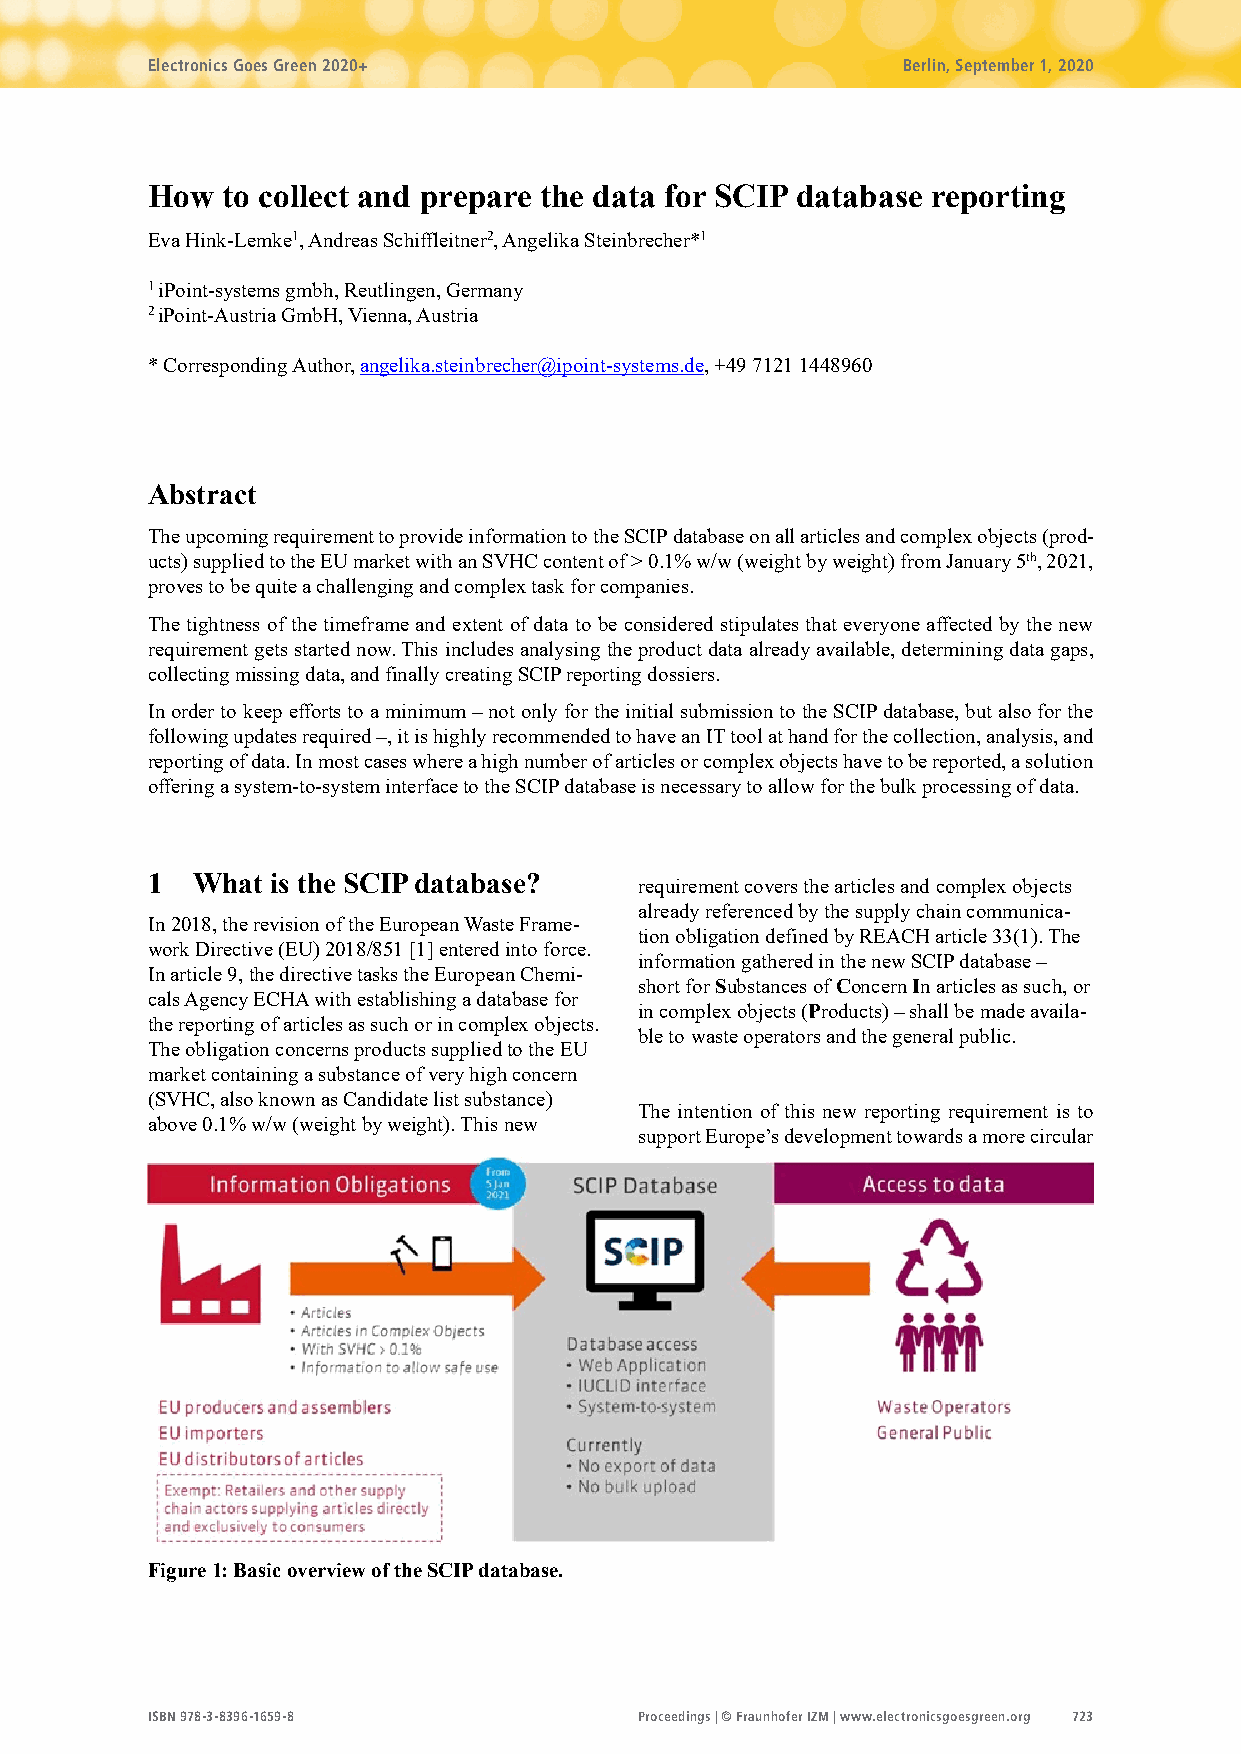
Electronics Goes Green 2020+                      Berlin, September 1, 2020
 How  to collect and prepare the data for SCIP database reporting
 Eva Hink-Lemke1, Andreas Schiffleitner2, Angelika Steinbrecher*1
 1 iPoint-systems gmbh, Reutlingen, Germany
 2 iPoint-Austria GmbH, Vienna, Austria
 * Corresponding Author, angelika.steinbrecher@ipoint-systems.de, +49 7121 1448960
 Abstract
 The upcoming requirement to provide information to the SCIP database on all articles and complex objects (prod-
 ucts) supplied to the EU market with an SVHC content of > 0.1% w/w (weight by weight) from January 5th, 2021,
 proves to be quite a challenging and complex task for companies.
 The tightness of the timeframe and extent of data to be considered stipulates that everyone affected by the new
 requirement gets started now. This includes analysing the product data already available, determining data gaps,
 collecting missing data, and finally creating SCIP reporting dossiers.
 In order to keep efforts to a minimum – not only for the initial submission to the SCIP database, but also for the
 following updates required –, it is highly recommended to have an IT tool at hand for the collection, analysis, and
 reporting of data. In most cases where a high number of articles or complex objects have to be reported, a solution
 offering a system-to-system interface to the SCIP database is necessary to allow for the bulk processing of data.
 1  What is the SCIP database?   requirement covers the articles and complex objects
 already referenced by the supply chain communica-
 In 2018, the revision of the European Waste Frame-
 tion obligation defined by REACH article 33(1). The
 work Directive (EU) 2018/851 [1] entered into force.
 information gathered in the new SCIP database –
 In article 9, the directive tasks the European Chemi-
 short for Substances of Concern In articles as such, or
 cals Agency ECHA with establishing a database for
 in complex objects (Products) – shall be made availa-
 the reporting of articles as such or in complex objects.
 ble to waste operators and the general public.
 The obligation concerns products supplied to the EU
 market containing a substance of very high concern
 (SVHC, also known as Candidate list substance)
 The intention of this new reporting requirement is to
 above 0.1% w/w (weight by weight). This new
 support Europe’s development towards a more circular
 Figure 1: Basic overview of the SCIP database.
 ISBN 978-3-8396-1659-8          Proceedings | © Fraunhofer IZM | www.electronicsgoesgreen.org 723